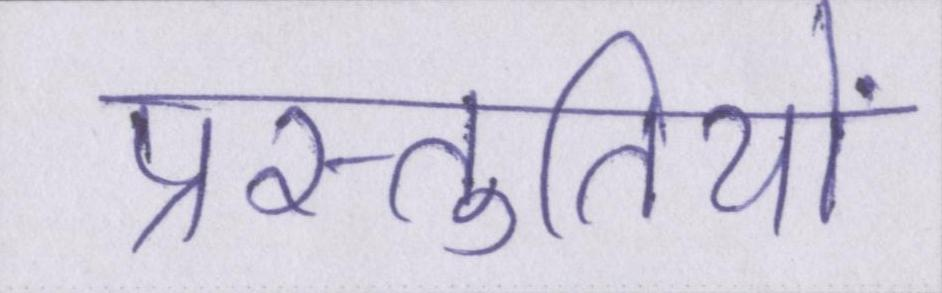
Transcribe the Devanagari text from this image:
प्रस्तुतियों